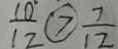
\frac { 1 0 } { 1 2 } \textcircled { 7 } \frac { 7 } { 1 2 }